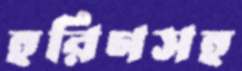
হরিণসহ